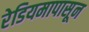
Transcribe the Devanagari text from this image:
रेडियमापासून